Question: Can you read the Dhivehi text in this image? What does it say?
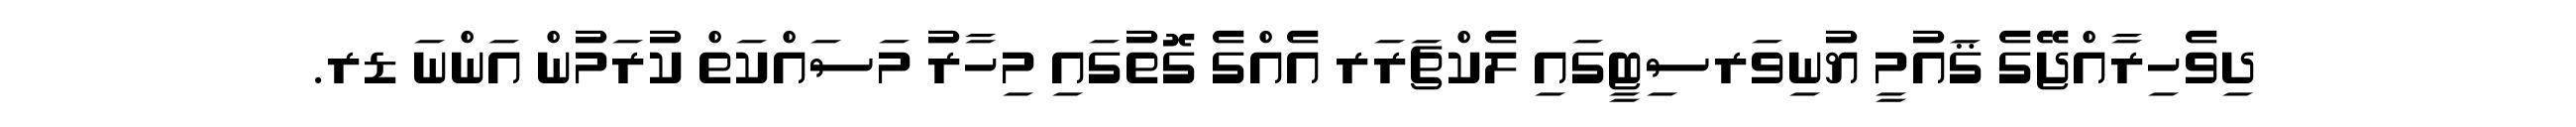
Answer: ދިވެހިރާއްޖޭގެ ޤައުމީ ޔުނިވަރސިޓީގައި ލެކްޗަރަރ އެއްގެ ގޮތުގައި މިހާރު މަސައްކަތް ކުރަމުން އަންނަ ޑރ.